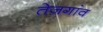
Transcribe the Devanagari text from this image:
तेजगांव